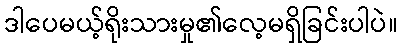
ဒါပေမယ့်ရိုးသားမှု၏လေ့မရှိခြင်းပါပဲ။